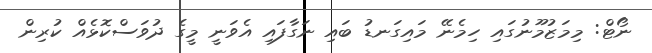
ނޯޓް: މިމަޒުމޫނުގައި ހިމެނޭ މައިގަނޑު ބައި ނަގާފައި އެވަނީ މީގެ ދުވަސްކޮޅެއް ކުރިން